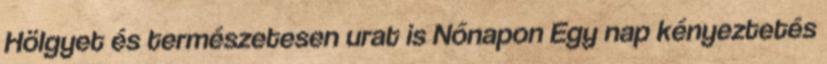
Hölgyet és természetesen urat is Nőnapon Egy nap kényeztetés